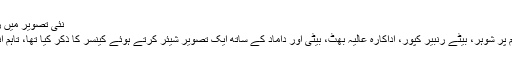
نئی تصویر میں رشی کپور کو خوش دیکھا جا سکتا ہے—فوٹو: فیس بک
بعد ازاں رشی کپور کی اہلیہ نیتو سنگھ نے بھی انسٹاگرام پر شوہر، بیٹے رنبیر کپور، اداکارہ عالیہ بھٹ، بیٹی اور داماد کے ساتھ ایک تصویر شیئر کرتے ہوئے کینسر کا ذکر کیا تھا، تاہم انہوں نے یہ نہیں بتایا تھا کہ ان کے شوہر کو کینسر ہے۔